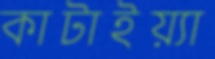
কাটাইয়্যা